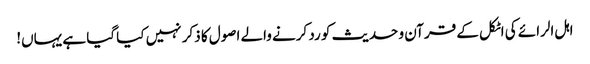
اہل الرائے کی اٹکل کے قرآن و حدیث کو رد کرنے والے اصول کا ذکر نہیں کیا گیا ہے یہاں!